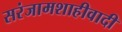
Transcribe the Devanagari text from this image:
सरंजामशाहीवादी